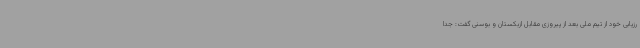
رزیابی خود از تیم ملی بعد از پیروزی مقابل ازبکستان و بوسنی گفت: جدا